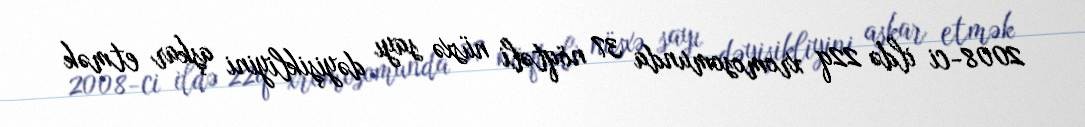
2008-ci ildə 22q xromosomunda 37 nöqtəli nüsxə sayı dəyişikliyini aşkar etmək